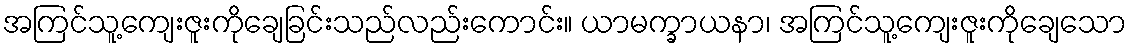
အကြင်သူ့ကျေးဇူးကိုချေခြင်းသည်လည်းကောင်း။ ယာမက္ခာယနာ၊ အကြင်သူ့ကျေးဇူးကိုချေသော